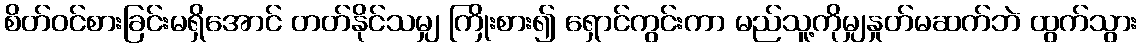
စိတ်ဝင်စားခြင်းမရှိအောင် တတ်နိုင်သမျှ ကြိုးစား၍ ရှောင်ကွင်းကာ မည်သူ့ကိုမျှနှုတ်မဆက်ဘဲ ထွက်သွား